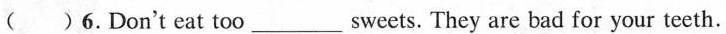
( )6.Don't eat too\underlinesweets. They are bad for your teeth.